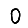
Digit: 0